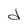
Character: d